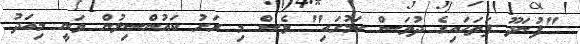
"ފުނަދޫ ފަތަހައިގެ ދުވަސް ކަމުގައި" ވެސް މި ރަށު ކައުންސިލުން ވަނީ މިއަދު